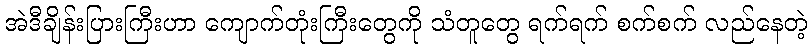
အဲဒီချိန်းပြားကြီးဟာ ကျောက်တုံးကြီးတွေကို သံတူတွေ ရက်ရက် စက်စက် လည်နေတဲ့